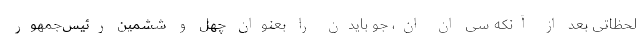
لحظاتی بعد از آنکه سی ان ان، جو بایدن را بعنوان چهل و ششمین رئیس‌جمهور